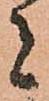
者